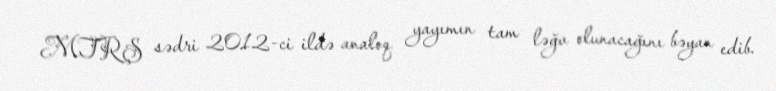
MTRŞ sədri 2012-ci ildə analoq yayımın tam ləğv olunacağını bəyan edib.